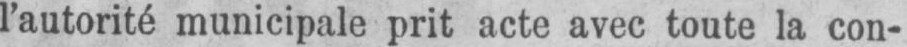
l’autorité municipale prit acte avec toute la con-